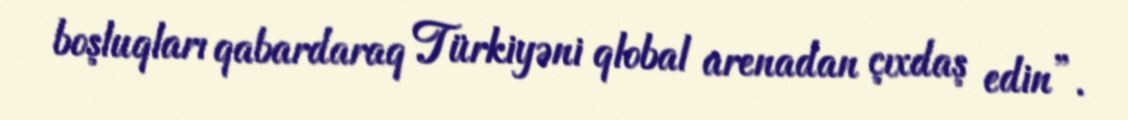
boşluqları qabardaraq Türkiyəni qlobal arenadan çıxdaş edin”.